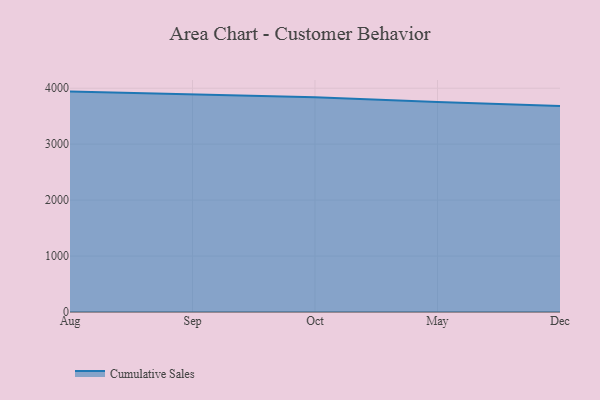
{"axis": {"x": "Month", "y": "Satisfaction Score"}, "legend": ["Cumulative Sales"], "data": [{"x": "Aug", "y": 3939.0, "type": "Cumulative Sales"}, {"x": "Sep", "y": 3883.8, "type": "Cumulative Sales"}, {"x": "Oct", "y": 3837.7, "type": "Cumulative Sales"}, {"x": "May", "y": 3754.3, "type": "Cumulative Sales"}, {"x": "Dec", "y": 3683.8, "type": "Cumulative Sales"}]}